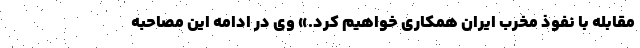
مقابله با نفوذ مخرب ایران همکاری خواهیم کرد.» وی در ادامه این مصاحبه